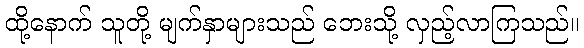
ထို့နောက် သူတို့ မျက်နှာများသည် ဘေးသို့ လှည့်လာကြသည်။